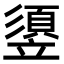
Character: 䇓